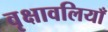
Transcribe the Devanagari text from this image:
वृक्षावलियाँ